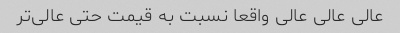
عالی عالی عالی واقعا نسبت به قیمت حتی عالی‌تر